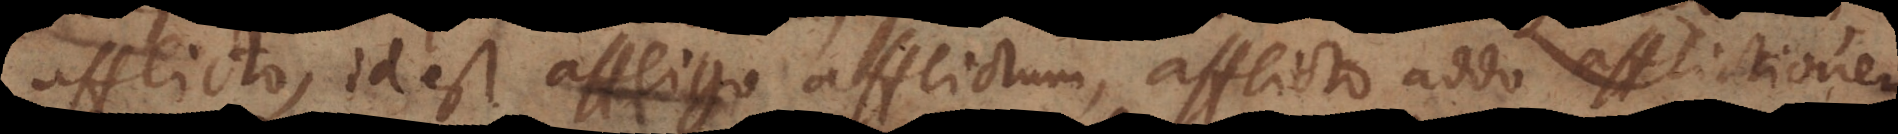
Afflicto, id est affligo afflictum, afflicto addo afflictionem.